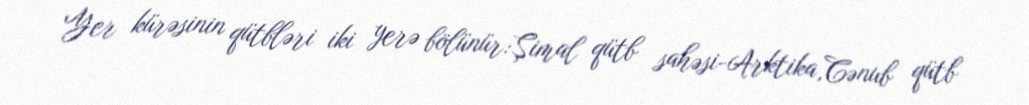
Yer kürəsinin qütbləri iki yerə bölünür:Şimal qütb sahəsi-Arktika,Cənub qütb